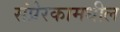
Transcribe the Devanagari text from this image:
संप्रेरकामधील